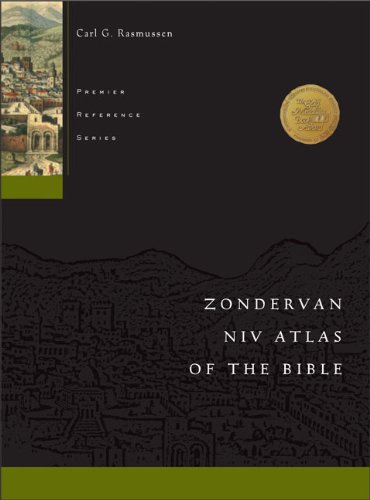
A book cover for Zondervan NIV Atlas of the Bible; Carl G. Rasmussen; Christian Books & Bibles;